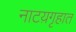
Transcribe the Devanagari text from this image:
नाटय़गृहात